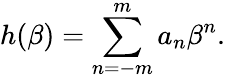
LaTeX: h(\beta)=\sum_{n=-m}^{m}a_{n}\beta^{n}.